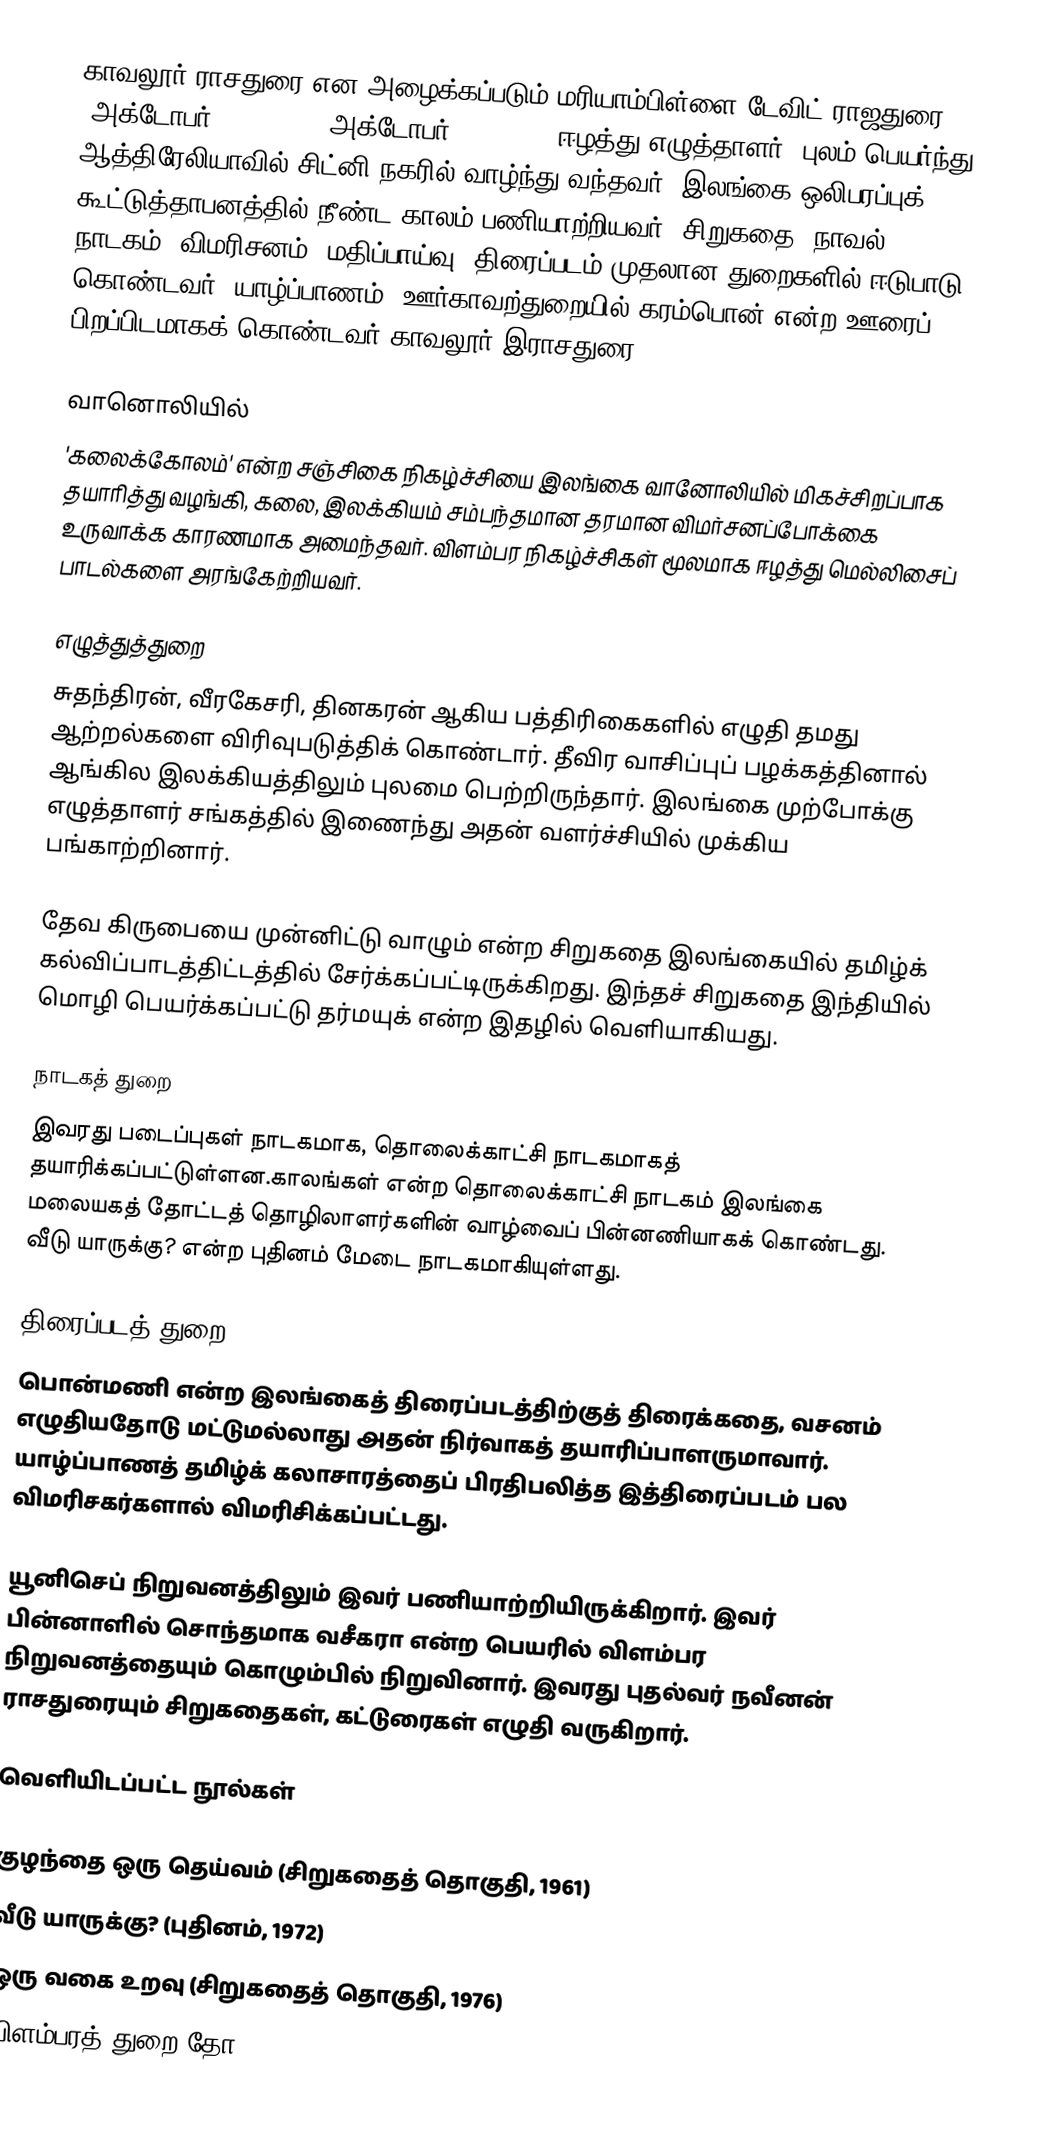
காவலூர் ராசதுரை என அழைக்கப்படும் மரியாம்பிள்ளை டேவிட் ராஜதுரை (அக்டோபர் 13, 1931 - அக்டோபர் 14, 2014) ஈழத்து எழுத்தாளர். புலம் பெயர்ந்து ஆத்திரேலியாவில் சிட்னி நகரில் வாழ்ந்து வந்தவர். இலங்கை ஒலிபரப்புக் கூட்டுத்தாபனத்தில் நீண்ட காலம் பணியாற்றியவர். சிறுகதை, நாவல், நாடகம், விமரிசனம், மதிப்பாய்வு, திரைப்படம் முதலான துறைகளில் ஈடுபாடு கொண்டவர். யாழ்ப்பாணம், ஊர்காவற்துறையில் கரம்பொன் என்ற ஊரைப் பிறப்பிடமாகக் கொண்டவர் காவலூர் இராசதுரை.

வானொலியில்
'கலைக்கோலம்' என்ற சஞ்சிகை நிகழ்ச்சியை இலங்கை வானோலியில் மிகச்சிறப்பாக தயாரித்து வழங்கி, கலை, இலக்கியம் சம்பந்தமான தரமான விமர்சனப்போக்கை உருவாக்க காரணமாக அமைந்தவர். விளம்பர நிகழ்ச்சிகள் மூலமாக ஈழத்து மெல்லிசைப் பாடல்களை அரங்கேற்றியவர்.

எழுத்துத்துறை
சுதந்திரன், வீரகேசரி, தினகரன் ஆகிய பத்திரிகைகளில் எழுதி தமது ஆற்றல்களை விரிவுபடுத்திக் கொண்டார். தீவிர வாசிப்புப் பழக்கத்தினால் ஆங்கில இலக்கியத்திலும் புலமை பெற்றிருந்தார். இலங்கை முற்போக்கு எழுத்தாளர் சங்கத்தில் இணைந்து அதன் வளர்ச்சியில் முக்கிய பங்காற்றினார்.

தேவ கிருபையை முன்னிட்டு வாழும் என்ற சிறுகதை இலங்கையில் தமிழ்க் கல்விப்பாடத்திட்டத்தில் சேர்க்கப்பட்டிருக்கிறது. இந்தச் சிறுகதை இந்தியில் மொழி பெயர்க்கப்பட்டு தர்மயுக் என்ற இதழில் வெளியாகியது.

நாடகத் துறை
இவரது படைப்புகள் நாடகமாக, தொலைக்காட்சி நாடகமாகத் தயாரிக்கப்பட்டுள்ளன.காலங்கள் என்ற தொலைக்காட்சி நாடகம் இலங்கை மலையகத் தோட்டத் தொழிலாளர்களின் வாழ்வைப் பின்னணியாகக் கொண்டது. வீடு யாருக்கு? என்ற புதினம் மேடை நாடகமாகியுள்ளது.

திரைப்படத் துறை
பொன்மணி என்ற இலங்கைத் திரைப்படத்திற்குத் திரைக்கதை, வசனம் எழுதியதோடு மட்டுமல்லாது அதன் நிர்வாகத் தயாரிப்பாளருமாவார். யாழ்ப்பாணத் தமிழ்க் கலாசாரத்தைப் பிரதிபலித்த இத்திரைப்படம் பல விமரிசகர்களால் விமரிசிக்கப்பட்டது.

யூனிசெப் நிறுவனத்திலும் இவர் பணியாற்றியிருக்கிறார். இவர் பின்னாளில் சொந்தமாக வசீகரா என்ற பெயரில் விளம்பர நிறுவனத்தையும் கொழும்பில் நிறுவினார். இவரது புதல்வர் நவீனன் ராசதுரையும் சிறுகதைகள், கட்டுரைகள் எழுதி வருகிறார்.

வெளியிடப்பட்ட நூல்கள்

 குழந்தை ஒரு தெய்வம் (சிறுகதைத் தொகுதி, 1961)
 வீடு யாருக்கு? (புதினம், 1972)
 ஒரு வகை உறவு (சிறுகதைத் தொகுதி, 1976)
 விளம்பரத் துறை தோ